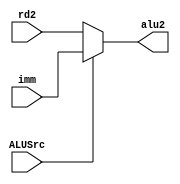
`timescale 1ns / 1ps
//////////////////////////////////////////////////////////////////////////////////
// Company: 
// Engineer: 
// 
// Design Name: 
// Module Name: MUX5
// Project Name: 
// Target Devices: 
// Tool Versions: 
// Description: 
// 
// Dependencies: 
// 
// Revision:
// Revision 0.01 - File Created
// Additional Comments:
// 
//////////////////////////////////////////////////////////////////////////////////


module MUX5(
    input ALUSrc,
    input [31:0] rd2,
    input [31:0] imm,

    output [31:0] alu2
);

reg[31:0]temp;
assign alu2=temp;

    always @(*)begin
        if(ALUSrc==1)temp=imm;
        else temp=rd2;
    end 

endmodule